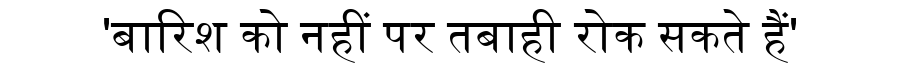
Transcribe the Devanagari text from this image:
'बारिश को नहीं पर तबाही रोक सकते हैं'